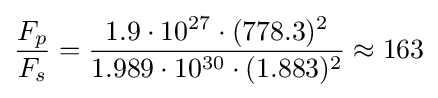
{\frac {F_{p}}{F_{s}}}={\frac {1.9\cdot 10^{27}\cdot (778.3)^{2}}{1.989\cdot 10^{30}\cdot (1.883)^{2}}}\approx 163